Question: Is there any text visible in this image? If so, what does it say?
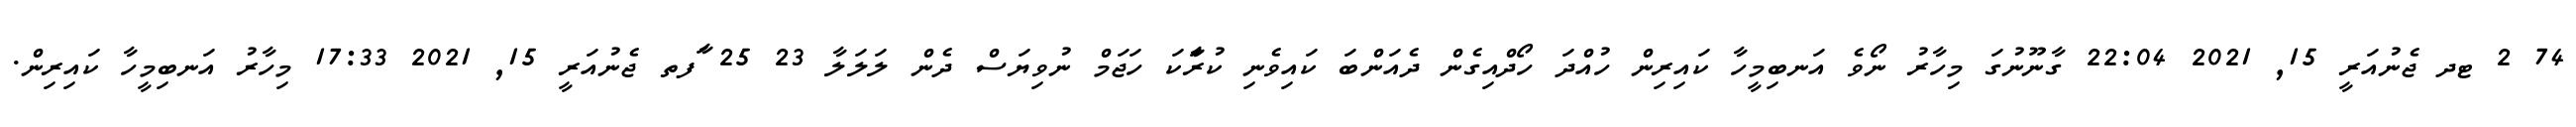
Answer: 74 2 ޓދ ޖެނުއަރީ 15, 2021 22:04 ގާނޫނުގަ މިހާރު ނޯވެ އަނބިމީހާ ކައިރިން ހުއްދަ ހޯދްއިގެން ދެއަންބަ ކައިވެނި ކުރަާކަ ހަޖަމް ނުވިޔަސް ދެން ލަލަލާ 23 25 ާަފތ ޖެނުއަރީ 15, 2021 17:33 މިހާރު އަނބިމީހާ ކައިރިން.